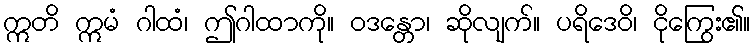
ဣတိ ဣမံ ဂါထံ၊ ဤဂါထာကို။ ဝဒန္တော၊ ဆိုလျက်။ ပရိဒေဝိ၊ ငိုကြွေး၏။